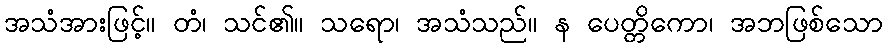
အသံအားဖြင့်။ တံ၊ သင်၏။ သရော၊ အသံသည်။ န ပေတ္တိကော၊ အဘဖြစ်သော